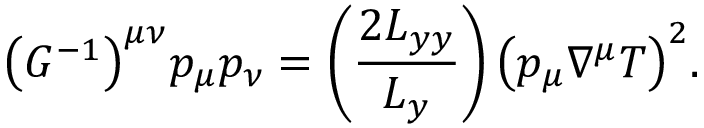
\bigl ( G ^ { - 1 } \bigr ) ^ { \mu \nu } p _ { \mu } p _ { \nu } = \left( \frac { 2 L _ { y y } } { L _ { y } } \right) \bigl ( p _ { \mu } \nabla ^ { \mu } T \bigr ) ^ { 2 } .